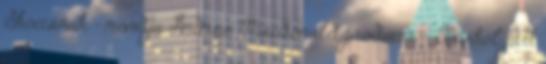
Skóciának – mondja Andrew Macdonald producer. – Bárhol járt